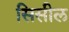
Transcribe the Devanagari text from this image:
सिसील